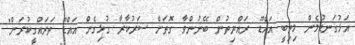
އަޅުގަނޑުމެން މިތިބީ އައްޑޫ ރައްޔިތުން ބޭނުންވާ ގޮތަށް ސަރުކާރާ ގުޅިގެން އައްޑޫ ތަރައްގީކުރަން"